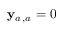
\mathbf { y } _ { a _ { } , a _ { } } ^ { } = 0